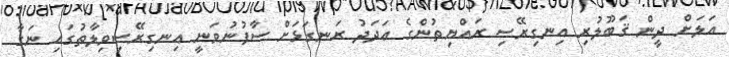
އަލަށް ދީން ޤަބޫލުރި އިނގިރޭސި ރައްޔިތުންގެ ޢަދަދު ރަނގަޅަށް ސާފުނުވަނީ އިނގިރޭސިވިލާތުގައި ނަގާ